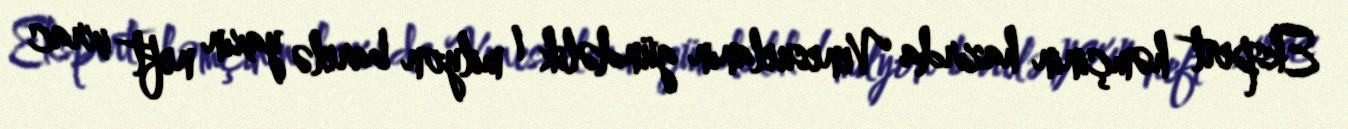
Ekspert həmçinin hazırda Venesuelanın gündəlik 1 milyon barelə yaxın neft ixrac